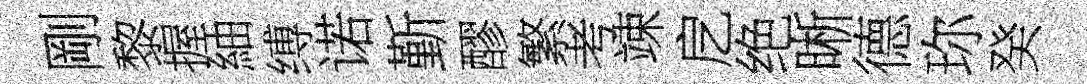
剛黎握紬缚诺斳醪繁考竦戹绝晰德珎癸